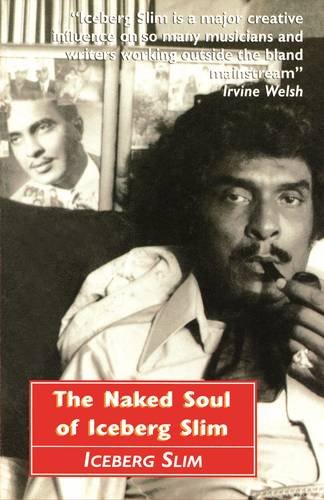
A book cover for The Naked Soul of Iceberg Slim: Robert Beck's Real Story; 1918-1992 Iceberg Slim Iceberg Slim; Politics & Social Sciences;